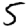
Digit: 5